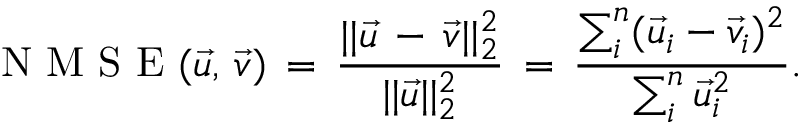
\mathrm { ~ N ~ M ~ S ~ E ~ } ( \vec { u } , \, \vec { v } ) \, = \, \frac { | | \vec { u } \, - \, \vec { v } | | _ { 2 } ^ { 2 } } { | | \vec { u } | | _ { 2 } ^ { 2 } } \, = \, \frac { \sum _ { i } ^ { n } ( \vec { u } _ { i } - { \vec { v } } _ { i } ) ^ { 2 } } { \sum _ { i } ^ { n } \vec { u } _ { i } ^ { 2 } } .